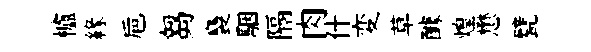
櫨縁巵芻裊駰隔肉什変草醵煌懋甓